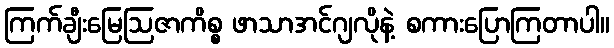
ကြက်ချီးမြေဩဇာကိစ္စ ဖာသာအင်ဂျလိုနဲ့ စကားပြောကြတာပါ။